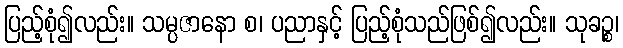
ပြည့်စုံ၍လည်း။ သမ္ပဇာနော စ၊ ပညာနှင့် ပြည့်စုံသည်ဖြစ်၍လည်း။ သုခဉ္စ၊